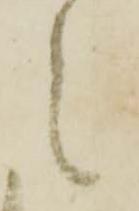
之